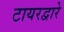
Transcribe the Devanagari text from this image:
टायरद्वारे